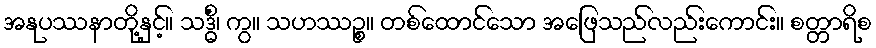
အနုပဿနာတို့နှင့်။ သဒ္ဓိံ၊ ကွ။ သဟဿဉ္စ။ တစ်ထောင်သော အဖြေသည်လည်းကောင်း။ စတ္တာရိစ